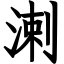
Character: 溂